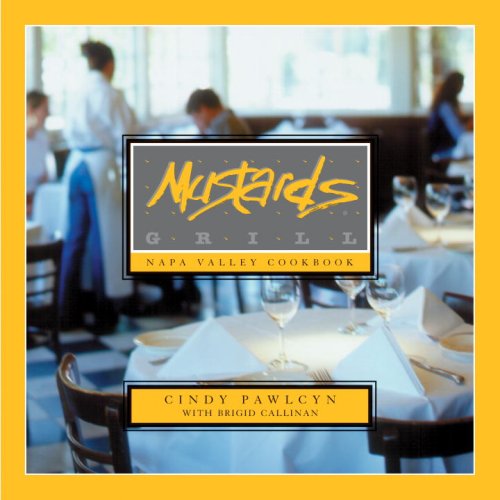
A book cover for Mustards Grill Napa Valley Cookbook; Cindy Pawlcyn; Cookbooks, Food & Wine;